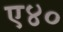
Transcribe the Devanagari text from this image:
ए४०